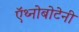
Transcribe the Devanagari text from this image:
ऍथ्नोबोटेनी